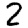
Digit: 2